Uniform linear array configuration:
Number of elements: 8
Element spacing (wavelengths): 1
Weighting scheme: binomial
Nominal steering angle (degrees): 45
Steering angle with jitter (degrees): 45.266
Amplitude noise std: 0.05
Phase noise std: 0.05

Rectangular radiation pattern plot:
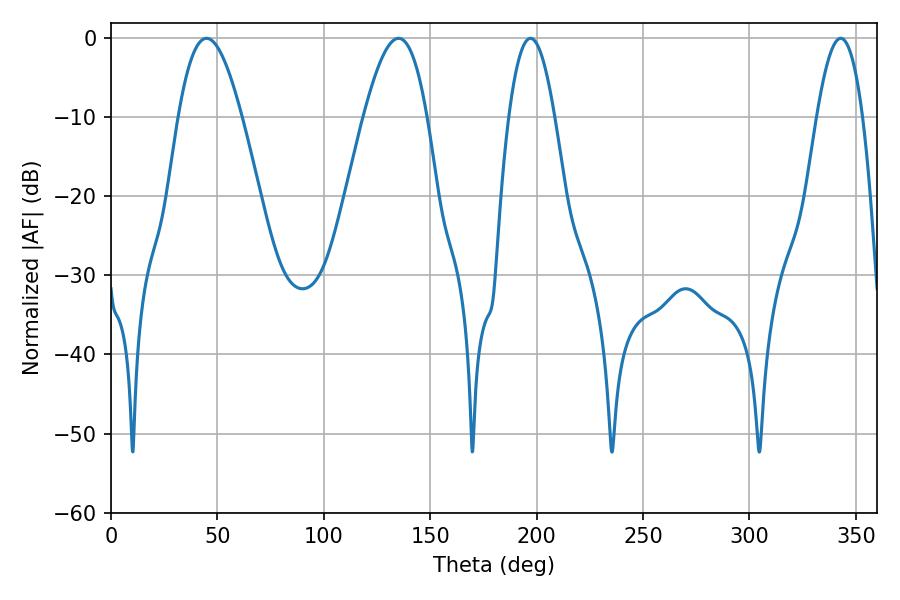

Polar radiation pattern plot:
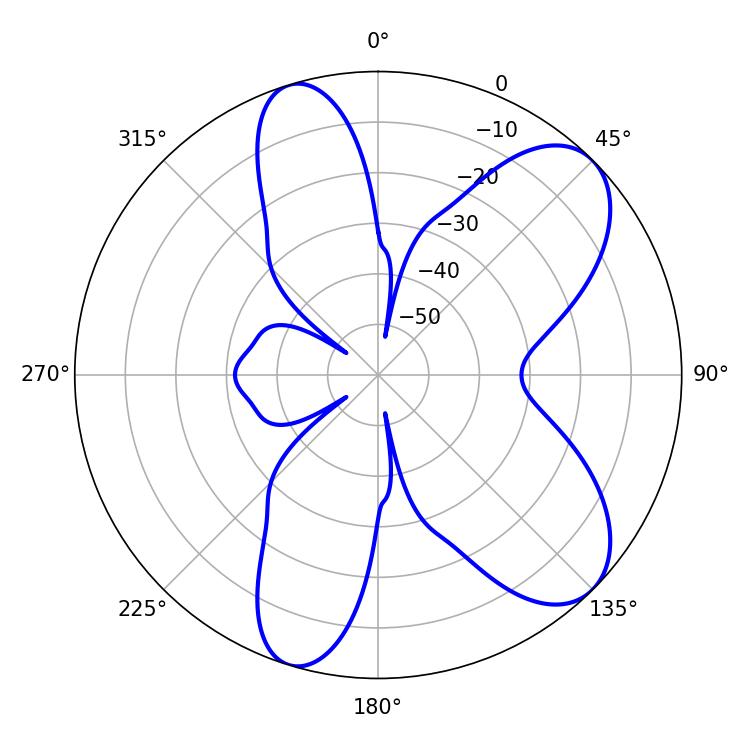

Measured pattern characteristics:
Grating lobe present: TRUE
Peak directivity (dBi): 8.19
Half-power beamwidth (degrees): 11.88
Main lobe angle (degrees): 197.1